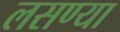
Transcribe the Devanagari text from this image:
लसण्या